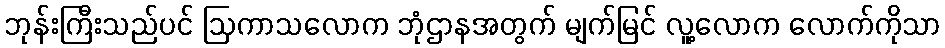
ဘုန်းကြီးသည်ပင် ဩကာသလောက ဘုံဌာနအတွက် မျက်မြင် လူ့လောက လောက်ကိုသာ